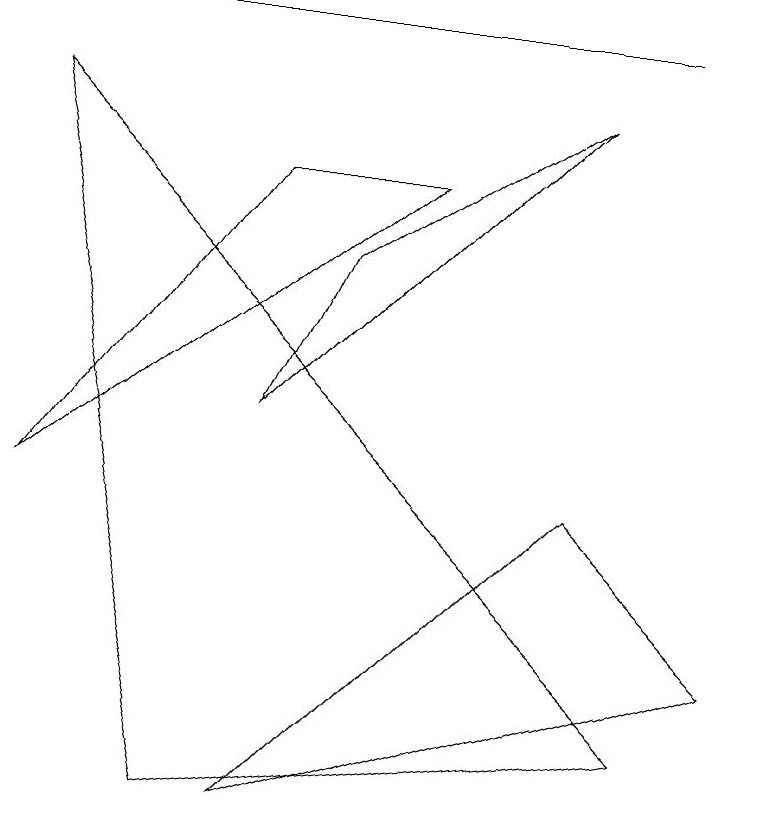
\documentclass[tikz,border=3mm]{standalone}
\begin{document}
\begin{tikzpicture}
\draw (7,4) -- (3,0) -- (9,2) -- cycle;
\draw (8,10) rectangle (2,10);
\draw (3,5) -- (7,9) -- (4,7) -- cycle;
\draw (5,8) -- (0,4) -- (3,8) -- cycle;
\draw (2,0) -- (0,9) -- (8,1) -- cycle;
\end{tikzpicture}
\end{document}